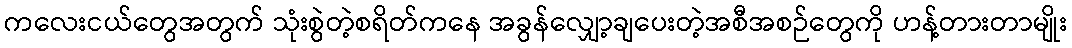
ကလေးငယ်တွေအတွက် သုံးစွဲတဲ့စရိတ်ကနေ အခွန်လျှော့ချပေးတဲ့အစီအစဉ်တွေကို ဟန့်တားတာမျိုး